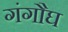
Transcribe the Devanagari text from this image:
गंगौघ